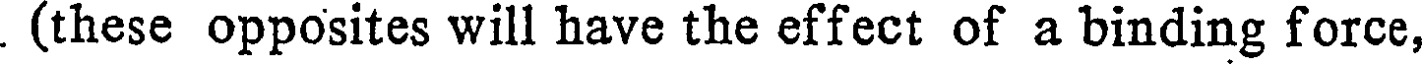
. (these opposites will have the effect of a binding force,